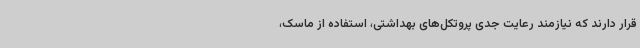
قرار دارند که نیازمند رعایت جدی پروتکل‌های بهداشتی، استفاده از ماسک،